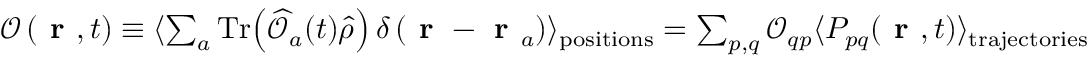
\begin{array} { r } { \mathcal { O } \left( \textbf { r } , t \right) \equiv \langle \sum _ { a } \mathrm { T r } \! \left( \widehat { \mathcal { O } } _ { a } ( t ) \widehat { \rho } \right) \delta \left( \textbf { r } - \textbf { r } _ { a } \right) \rangle _ { \mathrm { p o s i t i o n s } } = \sum _ { p , q } \mathcal { O } _ { q p } \langle P _ { p q } \! \left( \textbf { r } , t \right) \rangle _ { \mathrm { t r a j e c t o r i e s } } } \end{array}